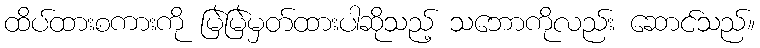
ထိပ်ထားစကားကို မြဲမြဲမှတ်ထားပါဆိုသည့် သဘောကိုလည်း ဆောင်သည်။